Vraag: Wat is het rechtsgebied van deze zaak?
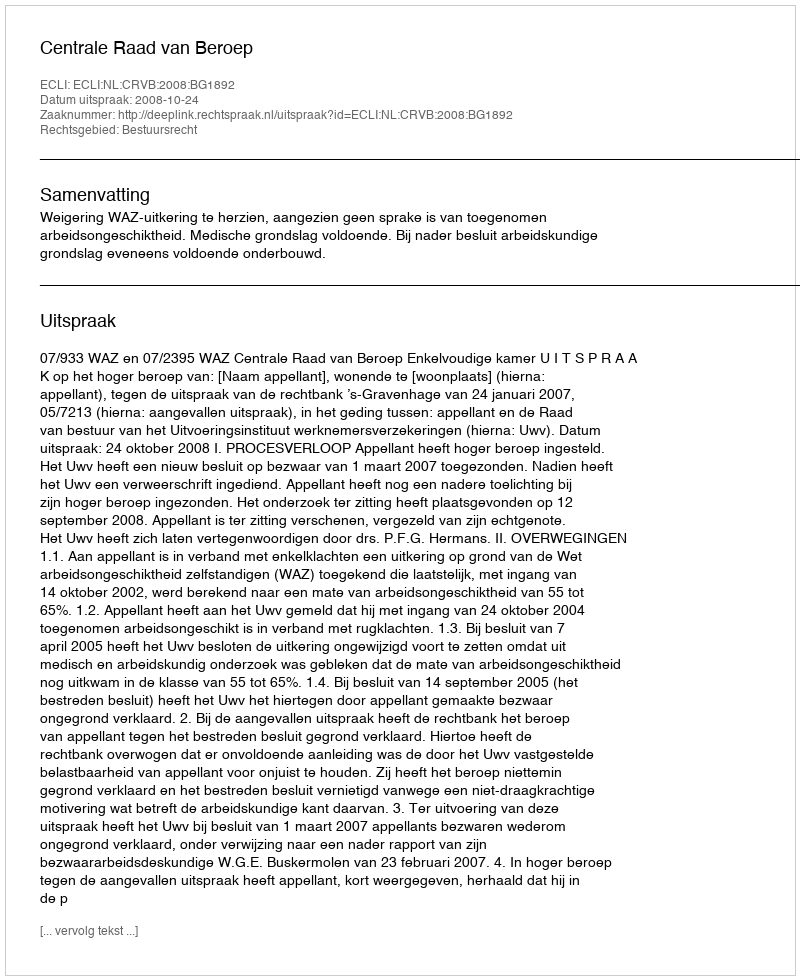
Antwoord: Bestuursrecht